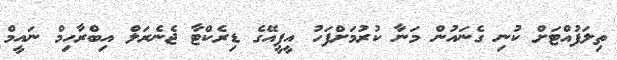
ތިލަފުއްޓަށް ކުނި ގެނައުން މަނާ ކުރުމަށްފަހު އީޕީއޭގެ ޑިރެކްޓާ ޖެނެރަލް އިބްރާހިމް ނައީމް